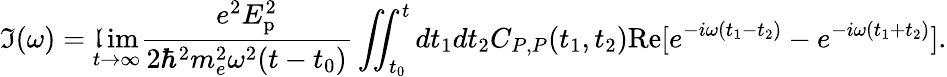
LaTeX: \mathfrak{I}(\omega)=\operatorname*{\mathfrak{l}im}_{t\rightarrow\infty}\frac{{e^{2}E_{\textrm{{p}}}^{2}}}{{2\hbar^{2}m_{e}^{2}\omega^{2}(t-t_{0})}}\iint_{t_{0}}^{t}dt_{1}dt_{2}C_{P,P}(t_{1},t_{2})\textrm{{Re}}[e^{-i\omega(t_{1}-t_{2})}-e^{-i\omega(t_{1}+t_{2})}].